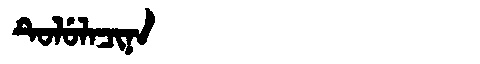
Manchu: ᡨᡠᠯᡠᠯᠠᠴᡳᠨᠠ
Romanization: TULULACINA